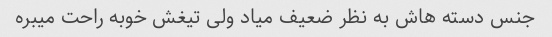
جنس دسته هاش به نظر ضعیف میاد ولی تیغش خوبه راحت میبره